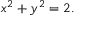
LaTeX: x ^ { 2 } + y ^ { 2 } = 2 .